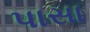
પાસા